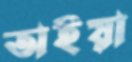
অইয়া